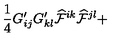
\frac { 1 } { 4 } G _ { i j } ^ { \prime } G _ { k l } ^ { \prime } { \cal \widehat { F } } ^ { i k } { \cal \widehat { F } } ^ { j l } +